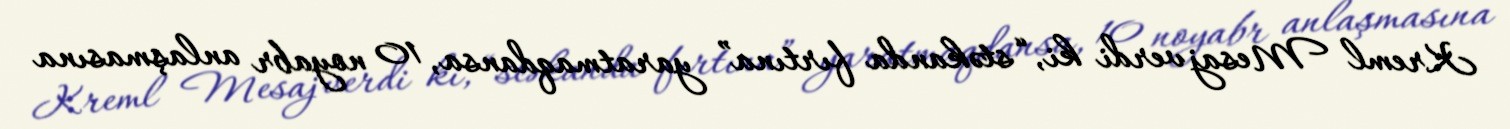
Kreml Mesaj verdi ki, “stəkanda fırtına” yaratmaqdansa, 10 noyabr anlaşmasına